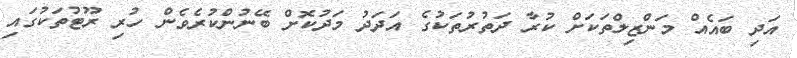
އަދި ބައެއް މަންޒިލްތަކަށް ކުރާ ދަތުރުތަކުގެ އަދަދު މަދުކޮށް ބޭނުންކުރެވެން ހުރި ރޫޓުތަކުގައި